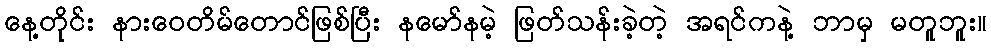
နေ့တိုင်း နားဝေတိမ်တောင်ဖြစ်ပြီး နမော်နမဲ့ ဖြတ်သန်းခဲ့တဲ့ အရင်ကနဲ့ ဘာမှ မတူဘူး။